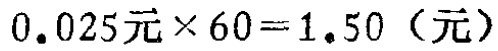
\(0.025\text{元} \times 60 = 1.50\text{（元）}\)